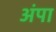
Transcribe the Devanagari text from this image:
अंपा